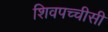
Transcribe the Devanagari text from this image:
शिवपच्चीसी